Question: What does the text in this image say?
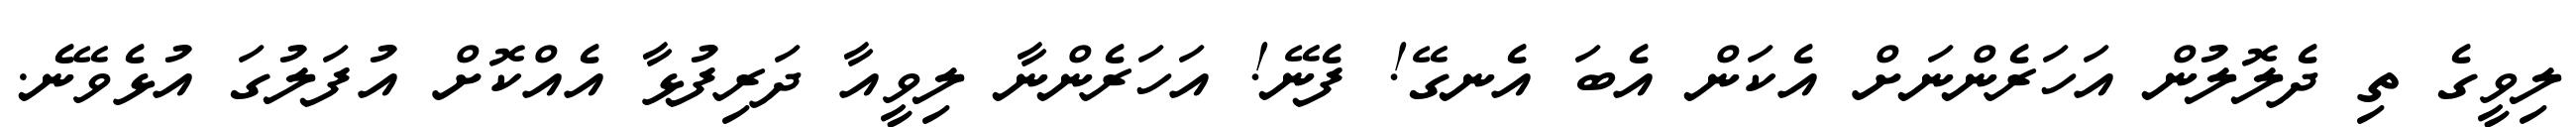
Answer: ލިވީގެ ތި ދެލޮލުން އަހަރެންނަށް އެކަން އެބަ އެނގޭ! ފެނޭ! އަހަރެންނާ ލިވީއާ ދަރިފުޅާ އެއްކޮށް އުފަލުގަ އުޅެވޭނެ.